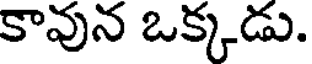
కావున ఒక్కడు.